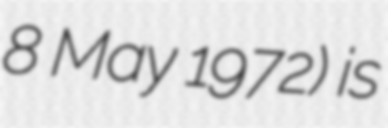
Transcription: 8 May 1972) is